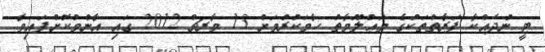
ޓީ ނުދައްކާ ފަރާތްތަކުގެ މަޢުލޫމާތު ހާމަކުރުމަށް 13 މާރޗް 2012 ގައި އާންމުކޮށްފައިވާ